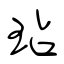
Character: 玷